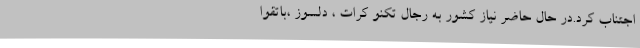
اجتناب کرد.در حال حاضر نیاز کشور به رجال تکنو کرات ، دلسوز ،باتقوا